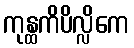
ကုန္ထကိပိလ္လိကေ